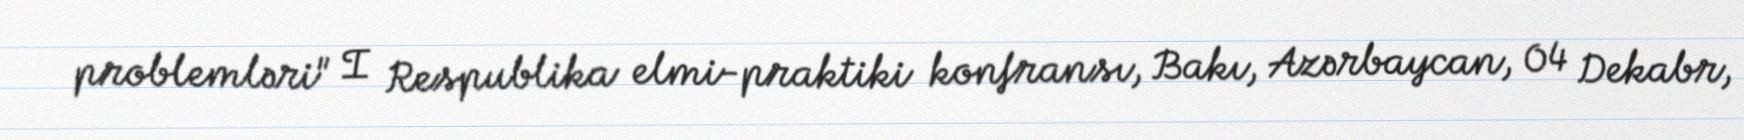
problemləri" I Respublika elmi-praktiki konfransı, Bakı, Azərbaycan, 04 Dekabr,